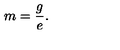
m = \frac { g } { e } .